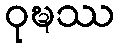
ဝုဍ္ဎဿ